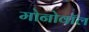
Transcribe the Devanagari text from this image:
मोनोवॉल